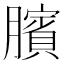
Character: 臏